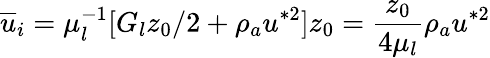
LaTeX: \overline{{u}}_{i}=\mu_{l}^{-1}[G_{l}z_{0}/2+\rho_{a}u^{*2}]z_{0}=\frac{z_{0}}{4\mu_{l}}\rho_{a}u^{*2}